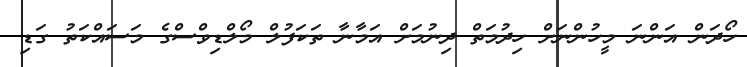
ހޯދަން އަންނަ މީހުންނަށް ހިދުމަތް ދިނުމަށް އަމާނާ ތަކަފުލް މޯލްޑިވްސްގެ މަސައްކަތު ގަޑި